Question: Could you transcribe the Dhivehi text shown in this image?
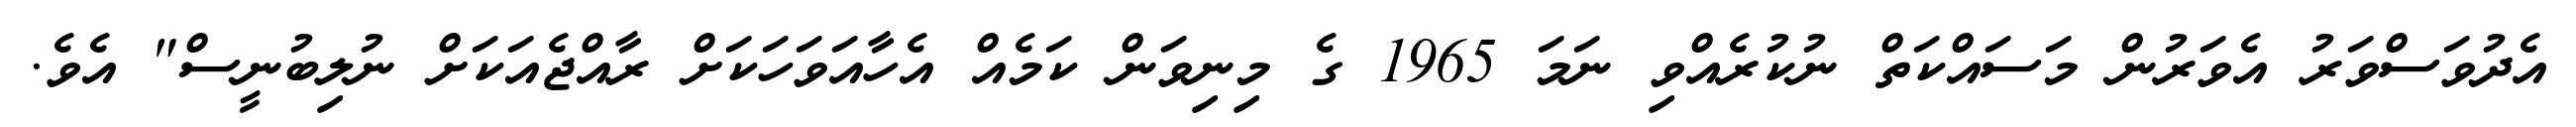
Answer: އެދުވަސްވަރު އެވަރުން މަސައްކަތް ނުކުރެއްވި ނަމަ 1965 ގެ މިނިވަން ކަމެއް އެހާއަވަހަކަށް ރާއްޖެއަކަށް ނުލިބުނީސް" އެވެ.